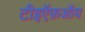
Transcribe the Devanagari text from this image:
टीइऍफ़ऑय